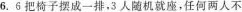
6.6把椅子摆成一排，3人随机就座，任何两人不